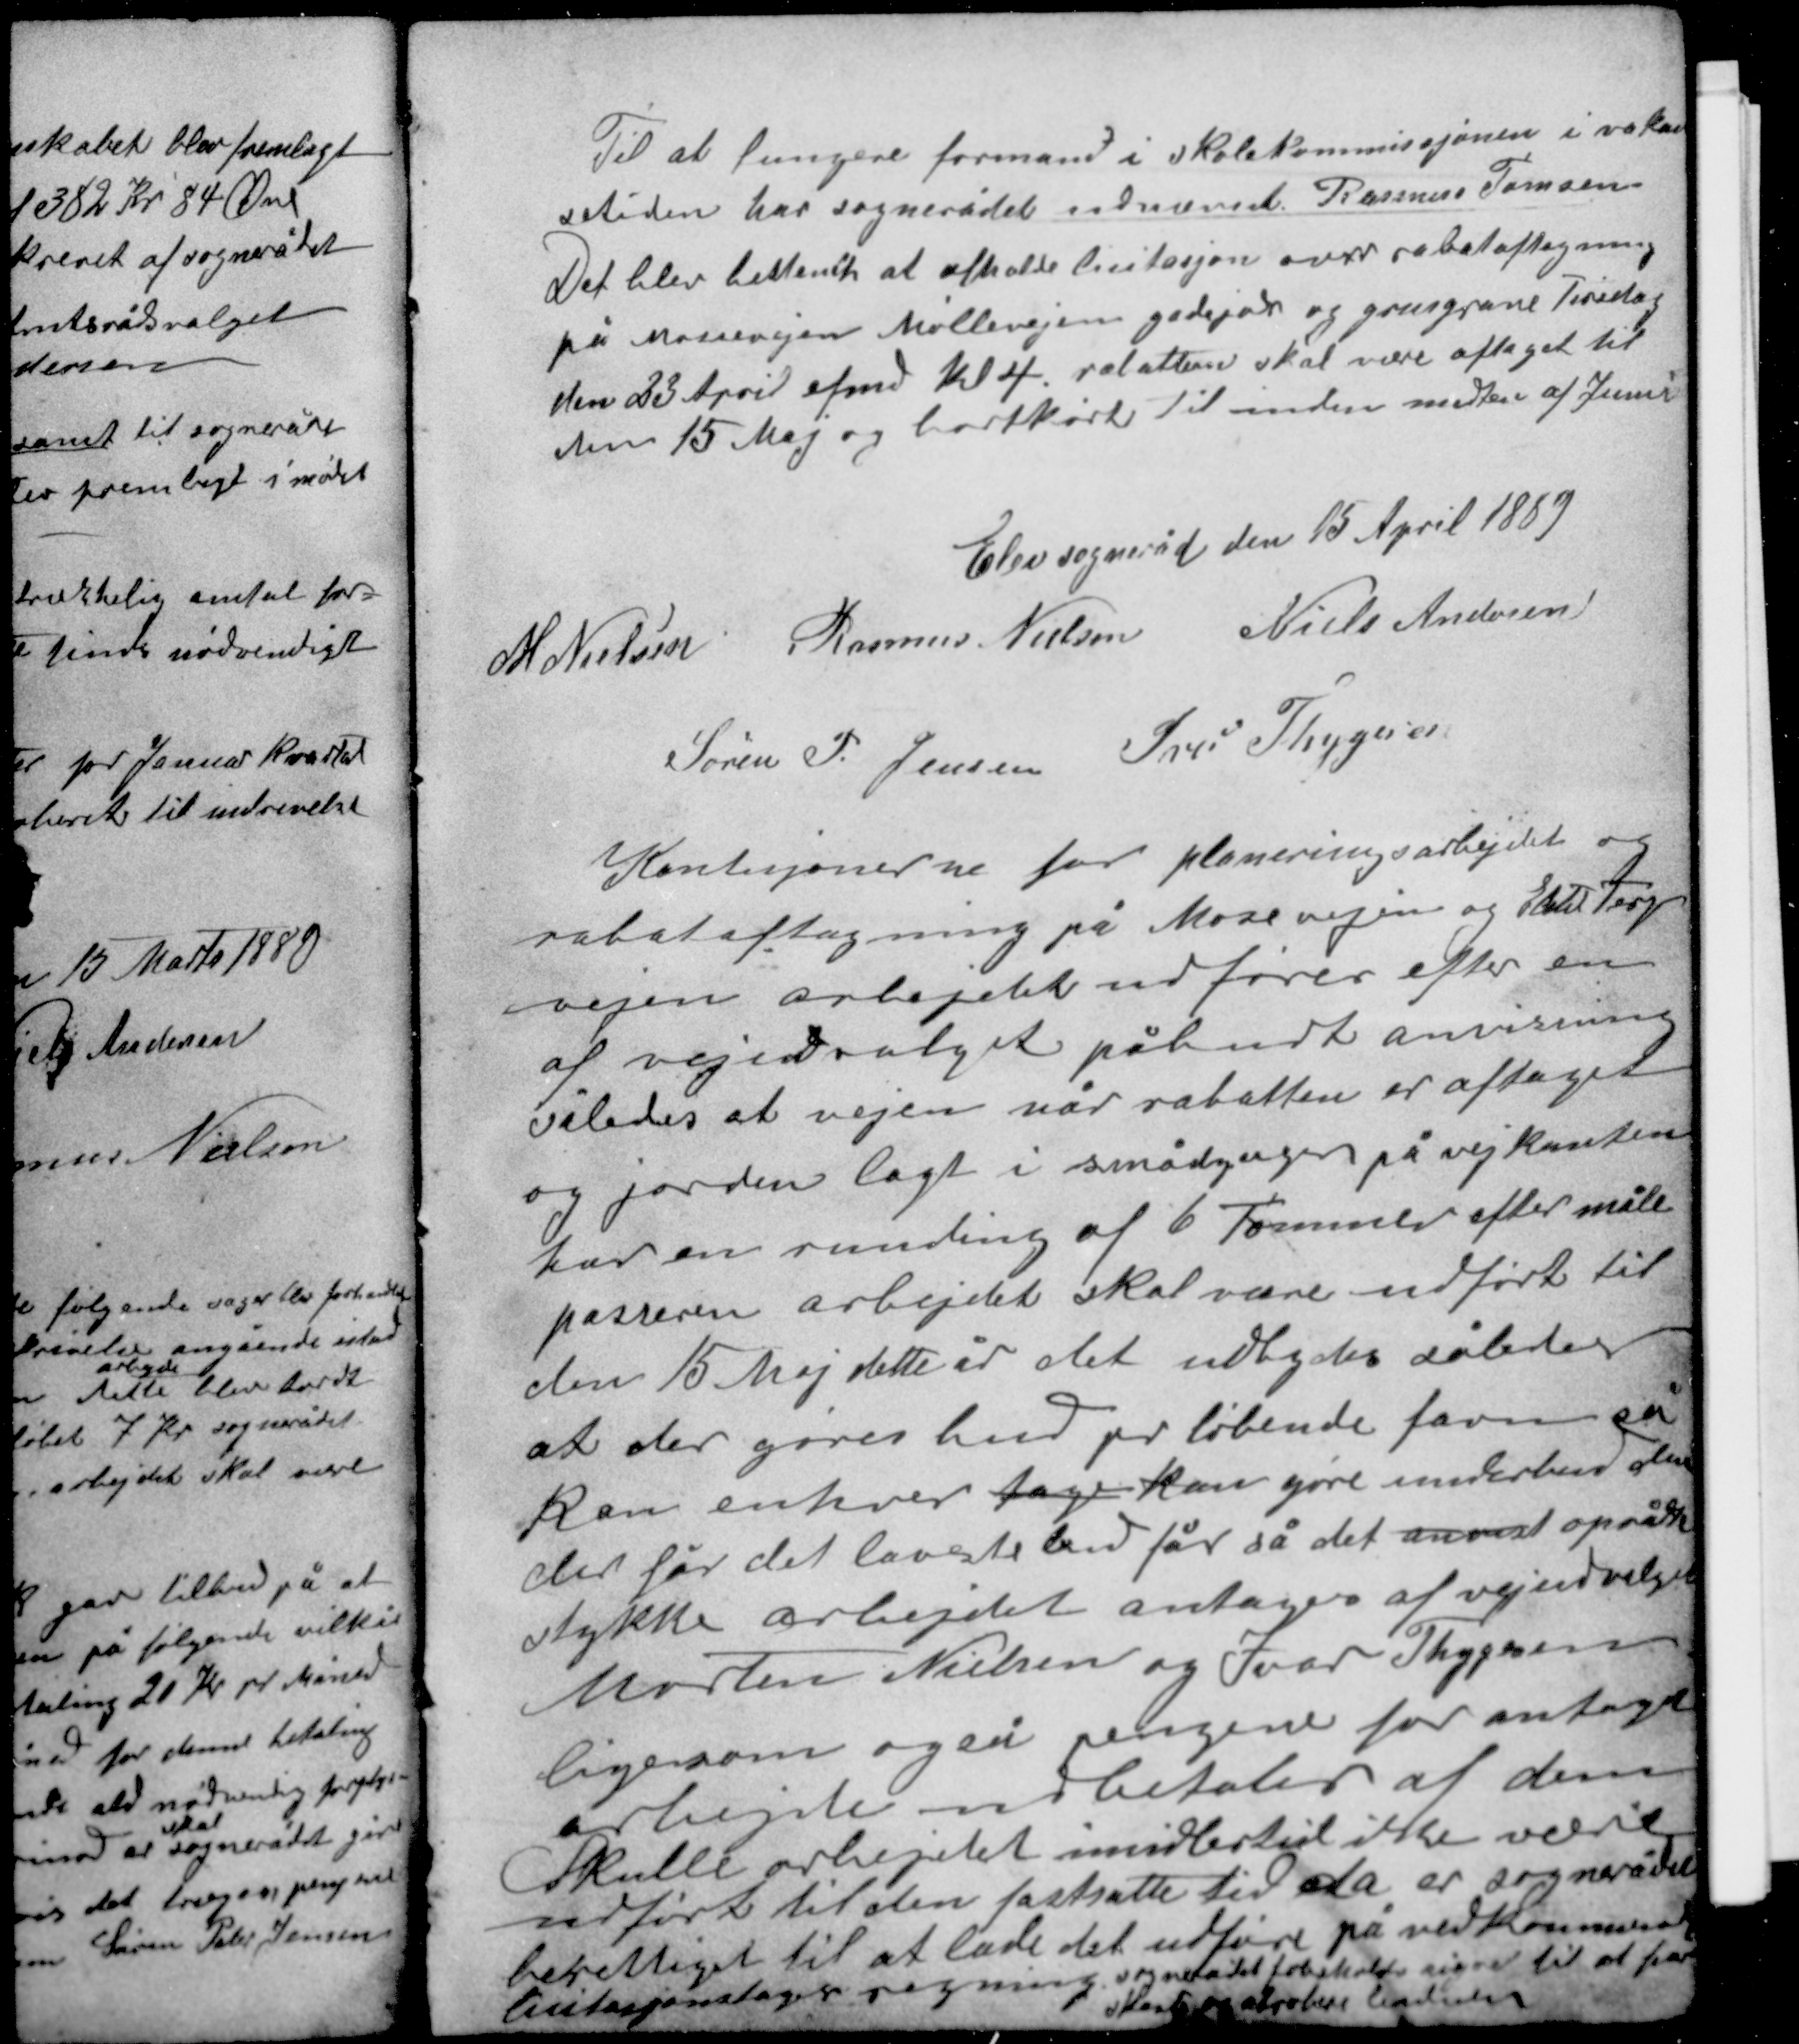
Transskription:
Til at fungere formand i skolekommissjonen i vakar-
setiden har sognerådet udnævnt Rasmus Tomasen
Det blev bestemt at afholde licitasjon over rabataftagning
på Mosevejen Møllevejen gadejord og grusgrave Tirsdag
den 23 April efmd kl 4 rabatten skal være aftaget til
den 15 Maj og bortkørt til inden midten af Juni.

Elev sogneråd den 15 April 1889
M. Nielsen Rasmus Nielsen Niels Andersen
Søren P. Jensen Iver Thygesen

Kondisjonerne for planeringsarbejdet og
rabataftagning på Mosevejen og Elsted Terp
vejen arbejdet udføres efter en
af vejudvalget påbudt anvisning
således at vejen når rabatten er aftaget
og jorden lagt i smådynger på vejkanten
har en runding af 6 Tommer efter måle
passeren arbejdet skal være udført til

den 15 Maj dette år det ubydes således
at der gøres bud pr løbende favn så
kan enhver tage kan gøre underbud den
der får det laveste bud får så det anvist opråbte
stykke arbejdet antages af vejudvalget
Morten Nielsen og Ivar Thygesen
ligesom også pengene for antaget
arbejde udbetales af dem
Skulle arbejdet imidlertid ikke være
udførte til den fastsatte tid da er sognerådet
berettiget til at lade det udføre på vedkommende
licitasjonstagers regning sognerådet forbeholder sig ret til at for
kaste og aprobere budene